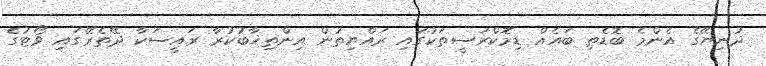
ދުނިޔޭގެ އެންމެ ބޮޑެތި ބައެއް ޑިމޮކްރަސީތަކުގައި ރައްޔިތުން އިންތިޚާބުކުރާ ރައީސަކާ ދޭތެރޭގައި ވޯޓުގެ